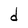
Character: d